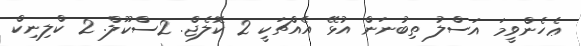
ޢެހެންވީމަ އަސްލު ތިބުނަން އުޅޭ އެއްޗަކީ 2 ކޮލެޖް. 2ސްކޫލް. 2 ކްލިނިކް